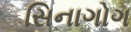
સિનાગોગ